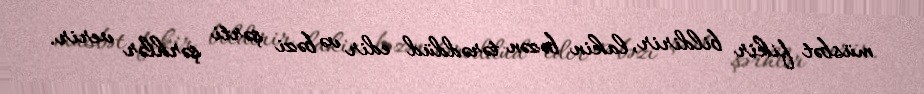
müsbət fikir bildirir, lakin bəzən tərəddüd edir və bəzi şərti şərhlər verir.